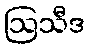
ဩသီဒ